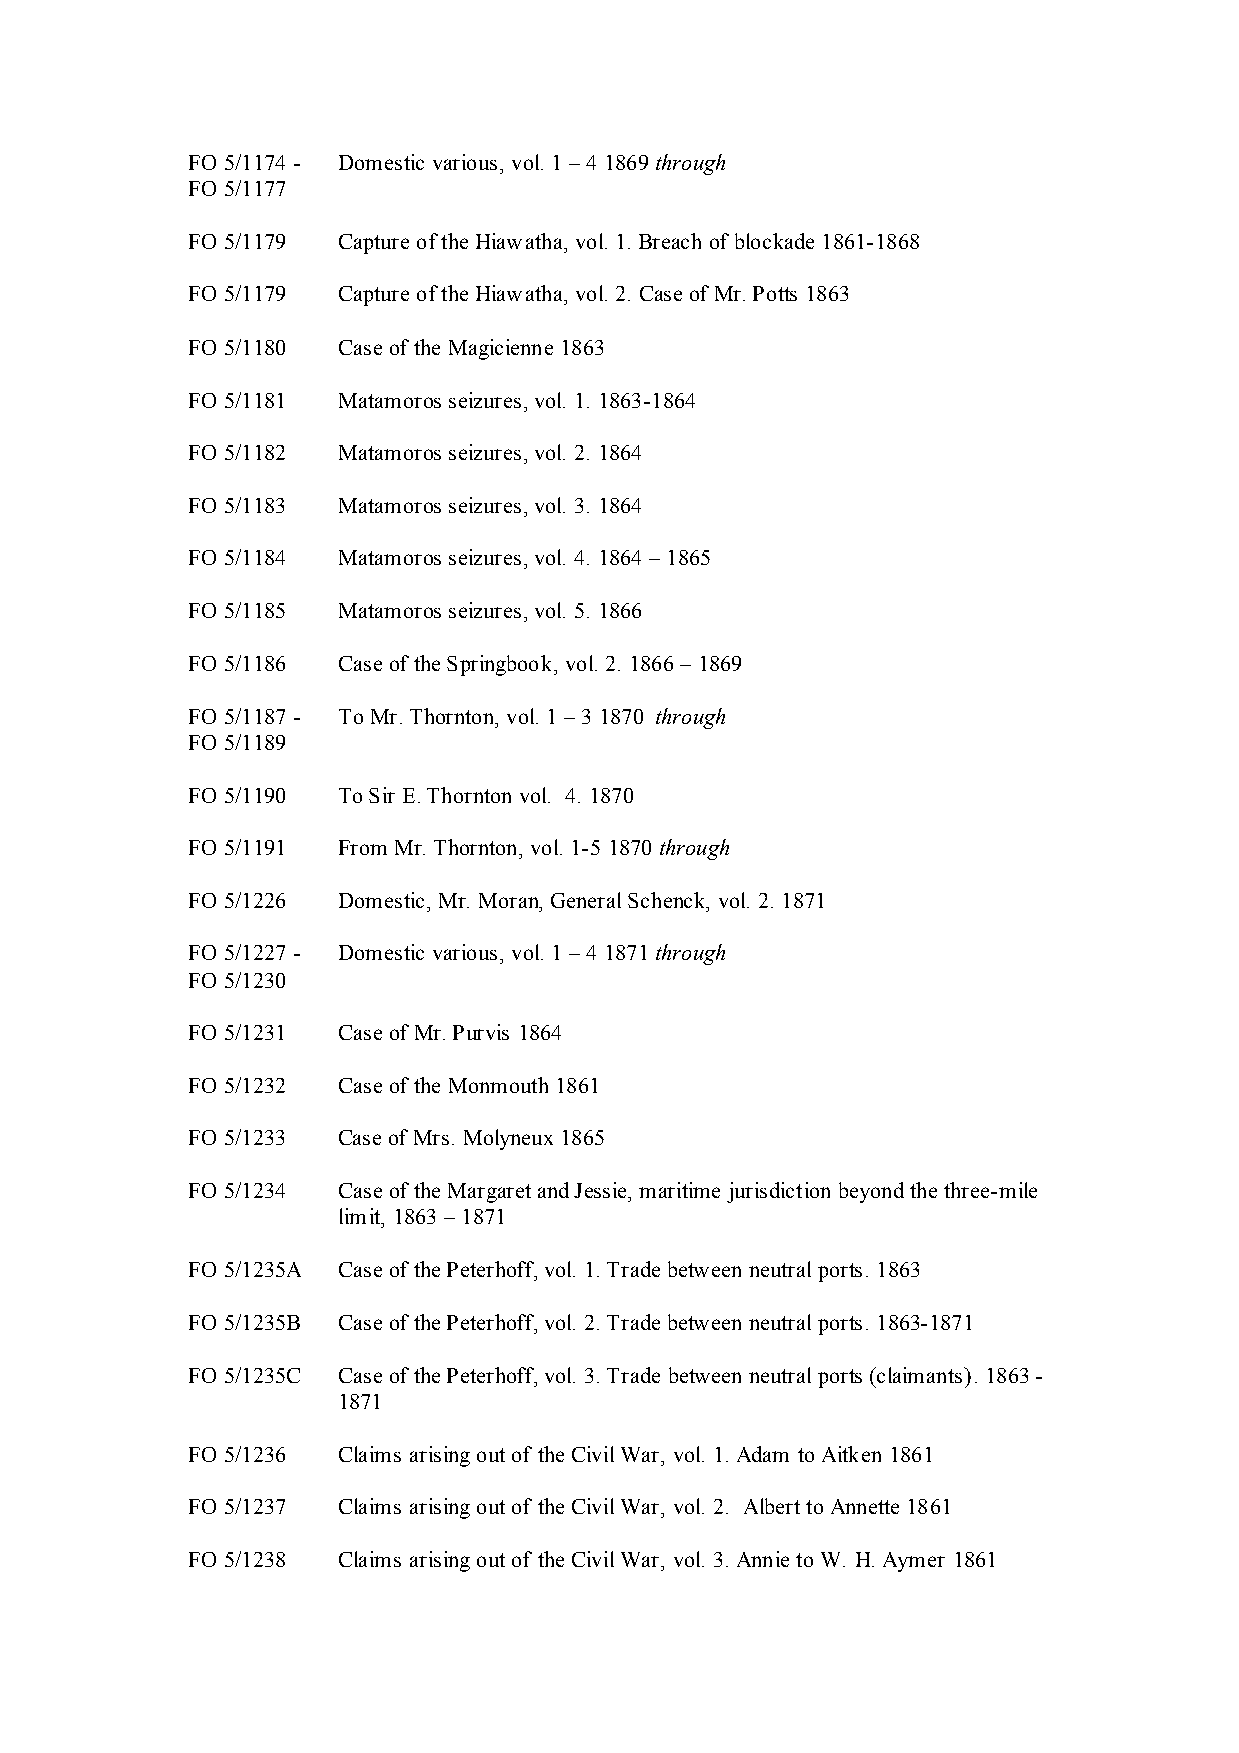
FO 5/1174 - Domestic various, vol. 1 – 4 1869 through
 FO 5/1177
 FO 5/1179 Capture of the Hiawatha, vol. 1. Breach of blockade 1861-1868
 FO 5/1179 Capture of the Hiawatha, vol. 2. Case of Mr. Potts 1863
 FO 5/1180 Case of the Magicienne 1863
 FO 5/1181 Matamoros seizures, vol. 1. 1863-1864
 FO 5/1182 Matamoros seizures, vol. 2. 1864
 FO 5/1183 Matamoros seizures, vol. 3. 1864
 FO 5/1184 Matamoros seizures, vol. 4. 1864 – 1865
 FO 5/1185 Matamoros seizures, vol. 5. 1866
 FO 5/1186 Case of the Springbook, vol. 2. 1866 – 1869
 FO 5/1187 - To Mr. Thornton, vol. 1 – 3 1870 through
 FO 5/1189
 FO 5/1190 To Sir E. Thornton vol. 4. 1870
 FO 5/1191 From Mr. Thornton, vol. 1-5 1870 through
 FO 5/1226 Domestic, Mr. Moran, General Schenck, vol. 2. 1871
 FO 5/1227 - Domestic various, vol. 1 – 4 1871 through
 FO 5/1230
 FO 5/1231 Case of Mr. Purvis 1864
 FO 5/1232 Case of the Monmouth 1861
 FO 5/1233 Case of Mrs. Molyneux 1865
 FO 5/1234 Case of the Margaret and Jessie, maritime jurisdiction beyond the three-mile
 limit, 1863 – 1871
 FO 5/1235A Case of the Peterhoff, vol. 1. Trade between neutral ports. 1863
 FO 5/1235B Case of the Peterhoff, vol. 2. Trade between neutral ports. 1863-1871
 FO 5/1235C Case of the Peterhoff, vol. 3. Trade between neutral ports (claimants). 1863 -
 1871
 FO 5/1236 Claims arising out of the Civil War, vol. 1. Adam to Aitken 1861
 FO 5/1237 Claims arising out of the Civil War, vol. 2. Albert to Annette 1861
 FO 5/1238 Claims arising out of the Civil War, vol. 3. Annie to W. H. Aymer 1861